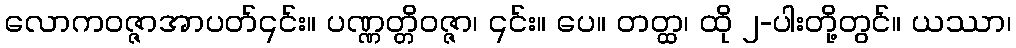
လောကဝဇ္ဇာအာပတ်၎င်း။ ပဏ္ဏတ္တိဝဇ္ဇာ၊ ၎င်း။ ပေ။ တတ္ထ၊ ထို ၂-ပါးတို့တွင်။ ယဿာ၊